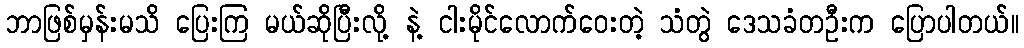
ဘာဖြစ်မှန်းမသိ ပြေးကြ မယ်ဆိုပြီးလို့ နဲ့ ငါးမိုင်လောက်ဝေးတဲ့ သံတွဲ ဒေသခံတဦးက ပြောပါတယ်။